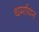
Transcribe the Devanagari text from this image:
धर्मायन